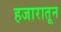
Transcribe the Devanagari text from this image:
हजारातून